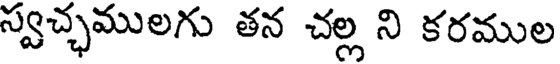
స్వచ్ఛములగు తన చల్ల ని కరముల